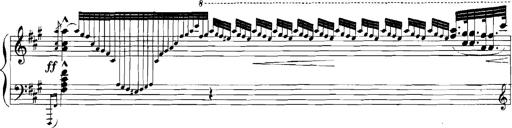
Title: Rhapsodies hongroises
Composer: Franz Liszt